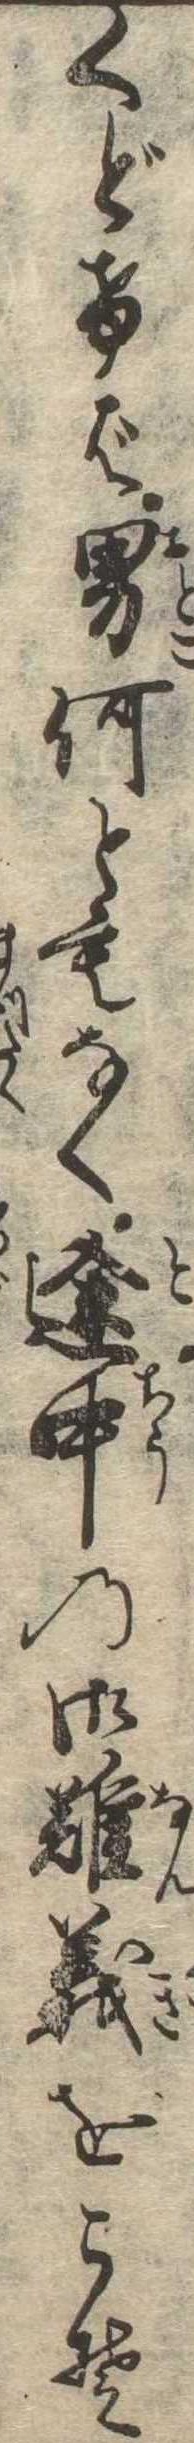
くどけば男何ともなく途中の御難義をこそ